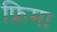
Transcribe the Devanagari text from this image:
फ्रिमा